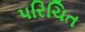
પરિચિત